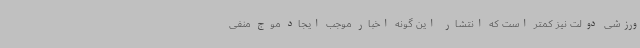
ورزشی دولت نیز کمتر است که انتشار این گونه اخبار موجب ایجاد موج منفی